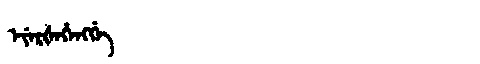
Manchu: ᡝᠶᡝᡵᡧᡝᡥᡝᠩᡤᡝ
Romanization: EYERŠEHENGGE